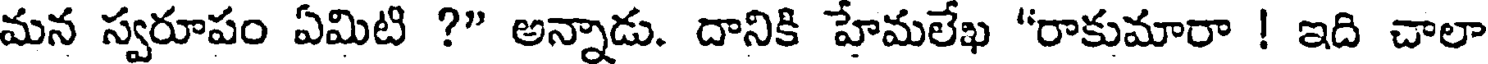
మన స్వరూపం ఏమిటి ?" అన్నాడు. దానికి హేమలేఖ "రాకుమారా ! ఇది చాలా